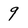
Character: 9